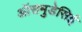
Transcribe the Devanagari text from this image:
ऑसमुडेसिई